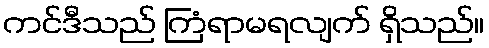
ကင်ဒီသည် ကြံရာမရလျက် ရှိသည်။